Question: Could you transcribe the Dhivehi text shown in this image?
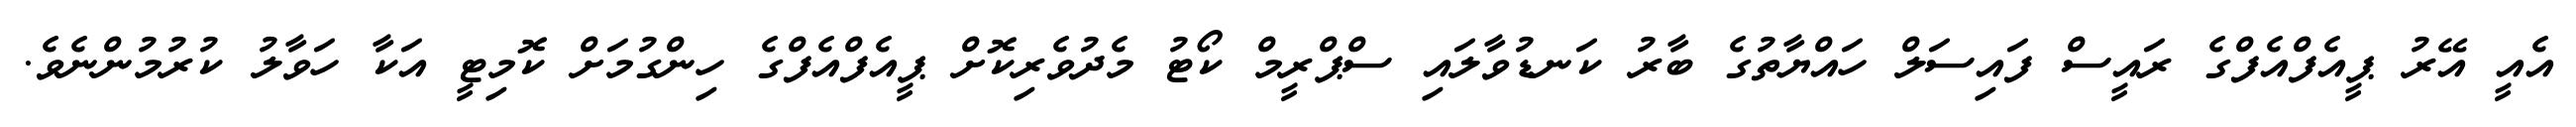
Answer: އެއީ އޭރު ޕީއެފްއެފްގެ ރައީސް ފައިސަލް ހައްޔާތުގެ ބާރު ކަނޑުވާލައި ސްޕްރީމް ކޯޓު މެދުވެރިކޮށް ޕީއެފްއެފްގެ ހިންގުމަށް ކޮމިޓީ އަކާ ހަވާލު ކުރުމުންނެވެ.